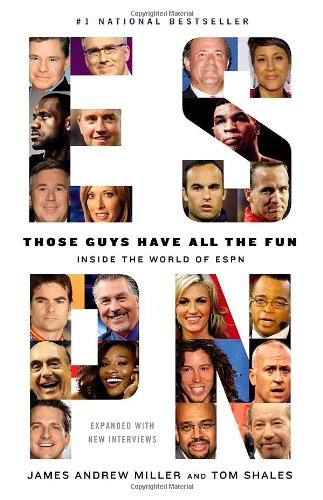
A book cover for Those Guys Have All the Fun: Inside the World of ESPN; James Andrew Miller; Humor & Entertainment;